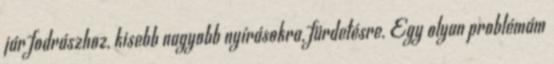
jár fodrászhoz, kisebb nagyobb nyírásokra, fürdetésre. Egy olyan problémám